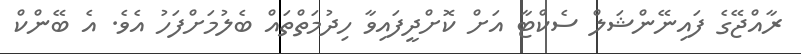
ރާއްޖޭގެ ފައިނޭންޝަލް ސެކްޓާ އަށް ކޮށްދީފައިވާ ހިދުމަތްތައް ބެލުމަށްފަހު އެވެ. އެ ބޭންކް